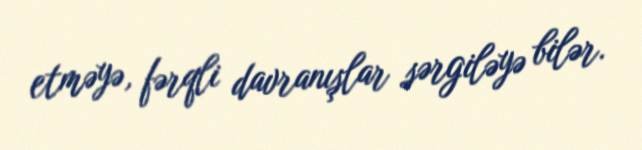
etməyə, fərqli davranışlar sərgiləyə bilər.